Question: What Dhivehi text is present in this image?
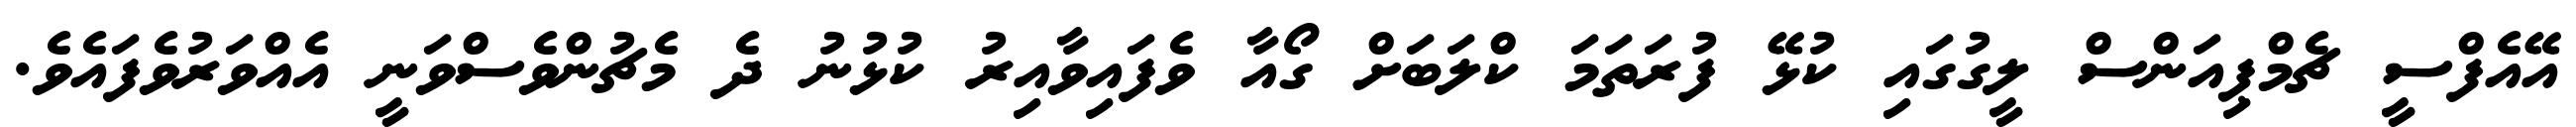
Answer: އޭއެފްސީ ޗެމްޕިއަންސް ލީގުގައި ކުޅޭ ފުރަތަމަ ކްލަބަށް ގޯއާ ވެފައިވާއިރު ކުޅުނު ދެ މެޗުންވެސްވަނީ އެއްވަރުވެފައެވެ.